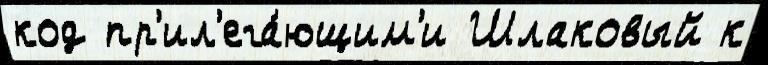
код пр'ил'ега́ющим'и Шлаковый к